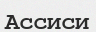
Ассиси